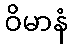
ဝိမာနံ